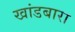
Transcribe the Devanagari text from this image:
खांडबारा